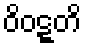
ဝိဝဋ္ဋတိ